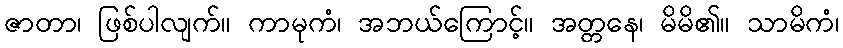
ဇာတာ၊ ဖြစ်ပါလျက်။ ကာမုကံ၊ အဘယ်ကြောင့်။ အတ္တနေ၊ မိမိ၏။ သာမိကံ၊